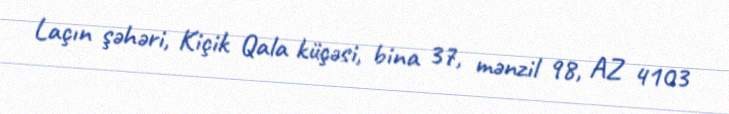
Laçın şəhəri, Kiçik Qala küçəsi, bina 37, mənzil 98, AZ 4103